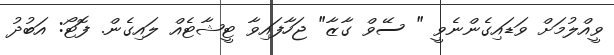
ވީއްލުމަށް ވަޑައިގެންނެވީ " ސޭވް ގާޒާ" ޖަހާފައިވާ ޓީޝާޓެއް ލައިގެން. ފޮޓޯ: އަބުދު